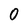
Character: 0